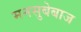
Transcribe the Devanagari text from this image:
मनसुबेबाज